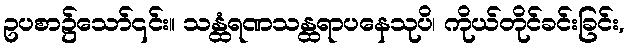
ဥပစာ၌သော်၎င်း။ သန္ထံရဏသန္ထရာပနေသုပိ၊ ကိုယ်တိုင်ခင်းခြင်း,